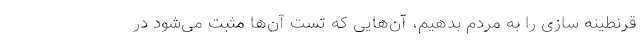
قرنطینه سازی را به مردم بدهیم، آن‌هایی که تست آن‌ها مثبت می‌شود در